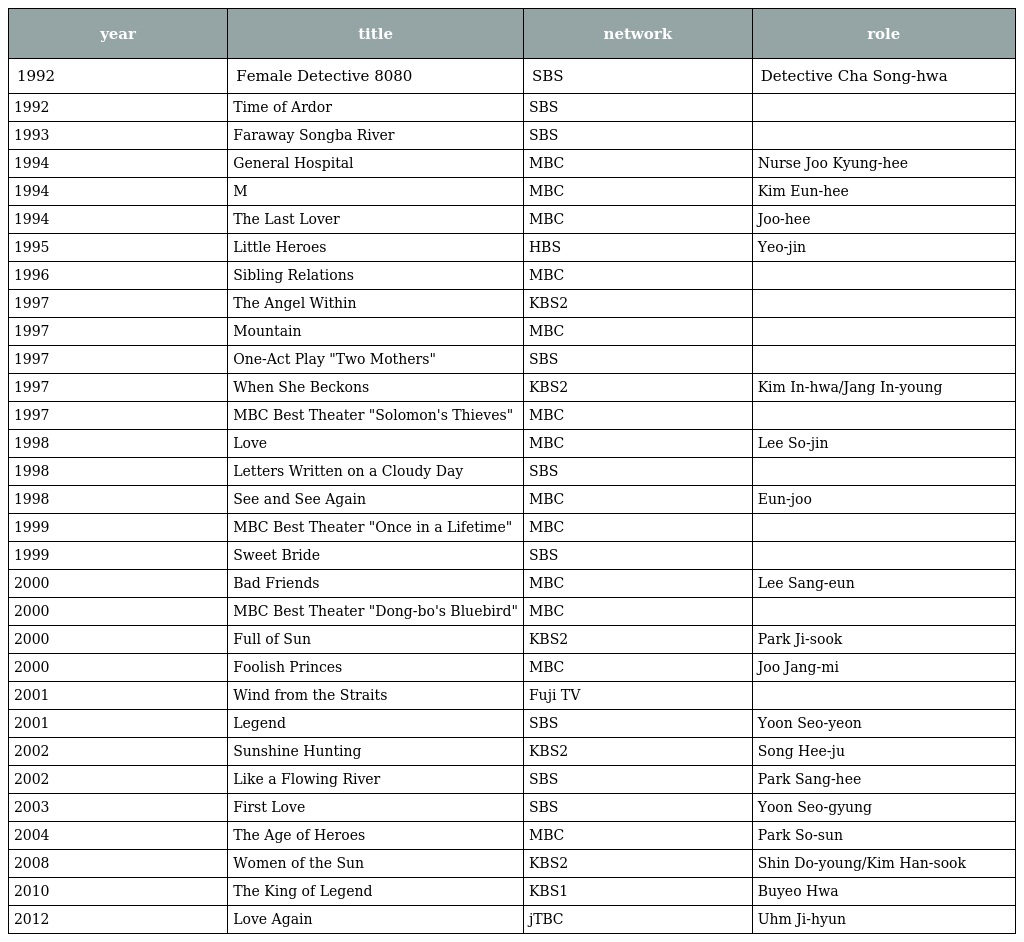
| year | title | network | role |
 | --- | --- | --- | --- |
 | 1992 | Female Detective 8080 | SBS | Detective Cha Song-hwa |
 | 1992 | Time of Ardor | SBS |  |
 | 1993 | Faraway Songba River | SBS |  |
 | 1994 | General Hospital | MBC | Nurse Joo Kyung-hee |
 | 1994 | M | MBC | Kim Eun-hee |
 | 1994 | The Last Lover | MBC | Joo-hee |
 | 1995 | Little Heroes | HBS | Yeo-jin |
 | 1996 | Sibling Relations | MBC |  |
 | 1997 | The Angel Within | KBS2 |  |
 | 1997 | Mountain | MBC |  |
 | 1997 | One-Act Play "Two Mothers" | SBS |  |
 | 1997 | When She Beckons | KBS2 | Kim In-hwa/Jang In-young |
 | 1997 | MBC Best Theater "Solomon's Thieves" | MBC |  |
 | 1998 | Love | MBC | Lee So-jin |
 | 1998 | Letters Written on a Cloudy Day | SBS |  |
 | 1998 | See and See Again | MBC | Eun-joo |
 | 1999 | MBC Best Theater "Once in a Lifetime" | MBC |  |
 | 1999 | Sweet Bride | SBS |  |
 | 2000 | Bad Friends | MBC | Lee Sang-eun |
 | 2000 | MBC Best Theater "Dong-bo's Bluebird" | MBC |  |
 | 2000 | Full of Sun | KBS2 | Park Ji-sook |
 | 2000 | Foolish Princes | MBC | Joo Jang-mi |
 | 2001 | Wind from the Straits | Fuji TV |  |
 | 2001 | Legend | SBS | Yoon Seo-yeon |
 | 2002 | Sunshine Hunting | KBS2 | Song Hee-ju |
 | 2002 | Like a Flowing River | SBS | Park Sang-hee |
 | 2003 | First Love | SBS | Yoon Seo-gyung |
 | 2004 | The Age of Heroes | MBC | Park So-sun |
 | 2008 | Women of the Sun | KBS2 | Shin Do-young/Kim Han-sook |
 | 2010 | The King of Legend | KBS1 | Buyeo Hwa |
 | 2012 | Love Again | jTBC | Uhm Ji-hyun |